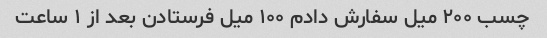
چسب ۲۰۰ میل سفارش دادم ۱۰۰ میل فرستادن بعد از ۱ ساعت